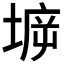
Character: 𡍩